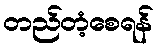
တည်တံ့စေရန်